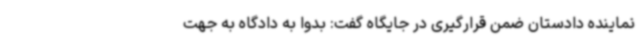
نماینده دادستان ضمن قرارگیری در جایگاه گفت: بدوا به دادگاه به جهت